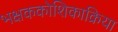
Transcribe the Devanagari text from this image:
भक्षककोशिकाक्रिया